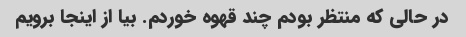
در حالی که منتظر بودم چند قهوه خوردم. بیا از اینجا برویم